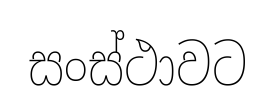
සංස්ථාවට